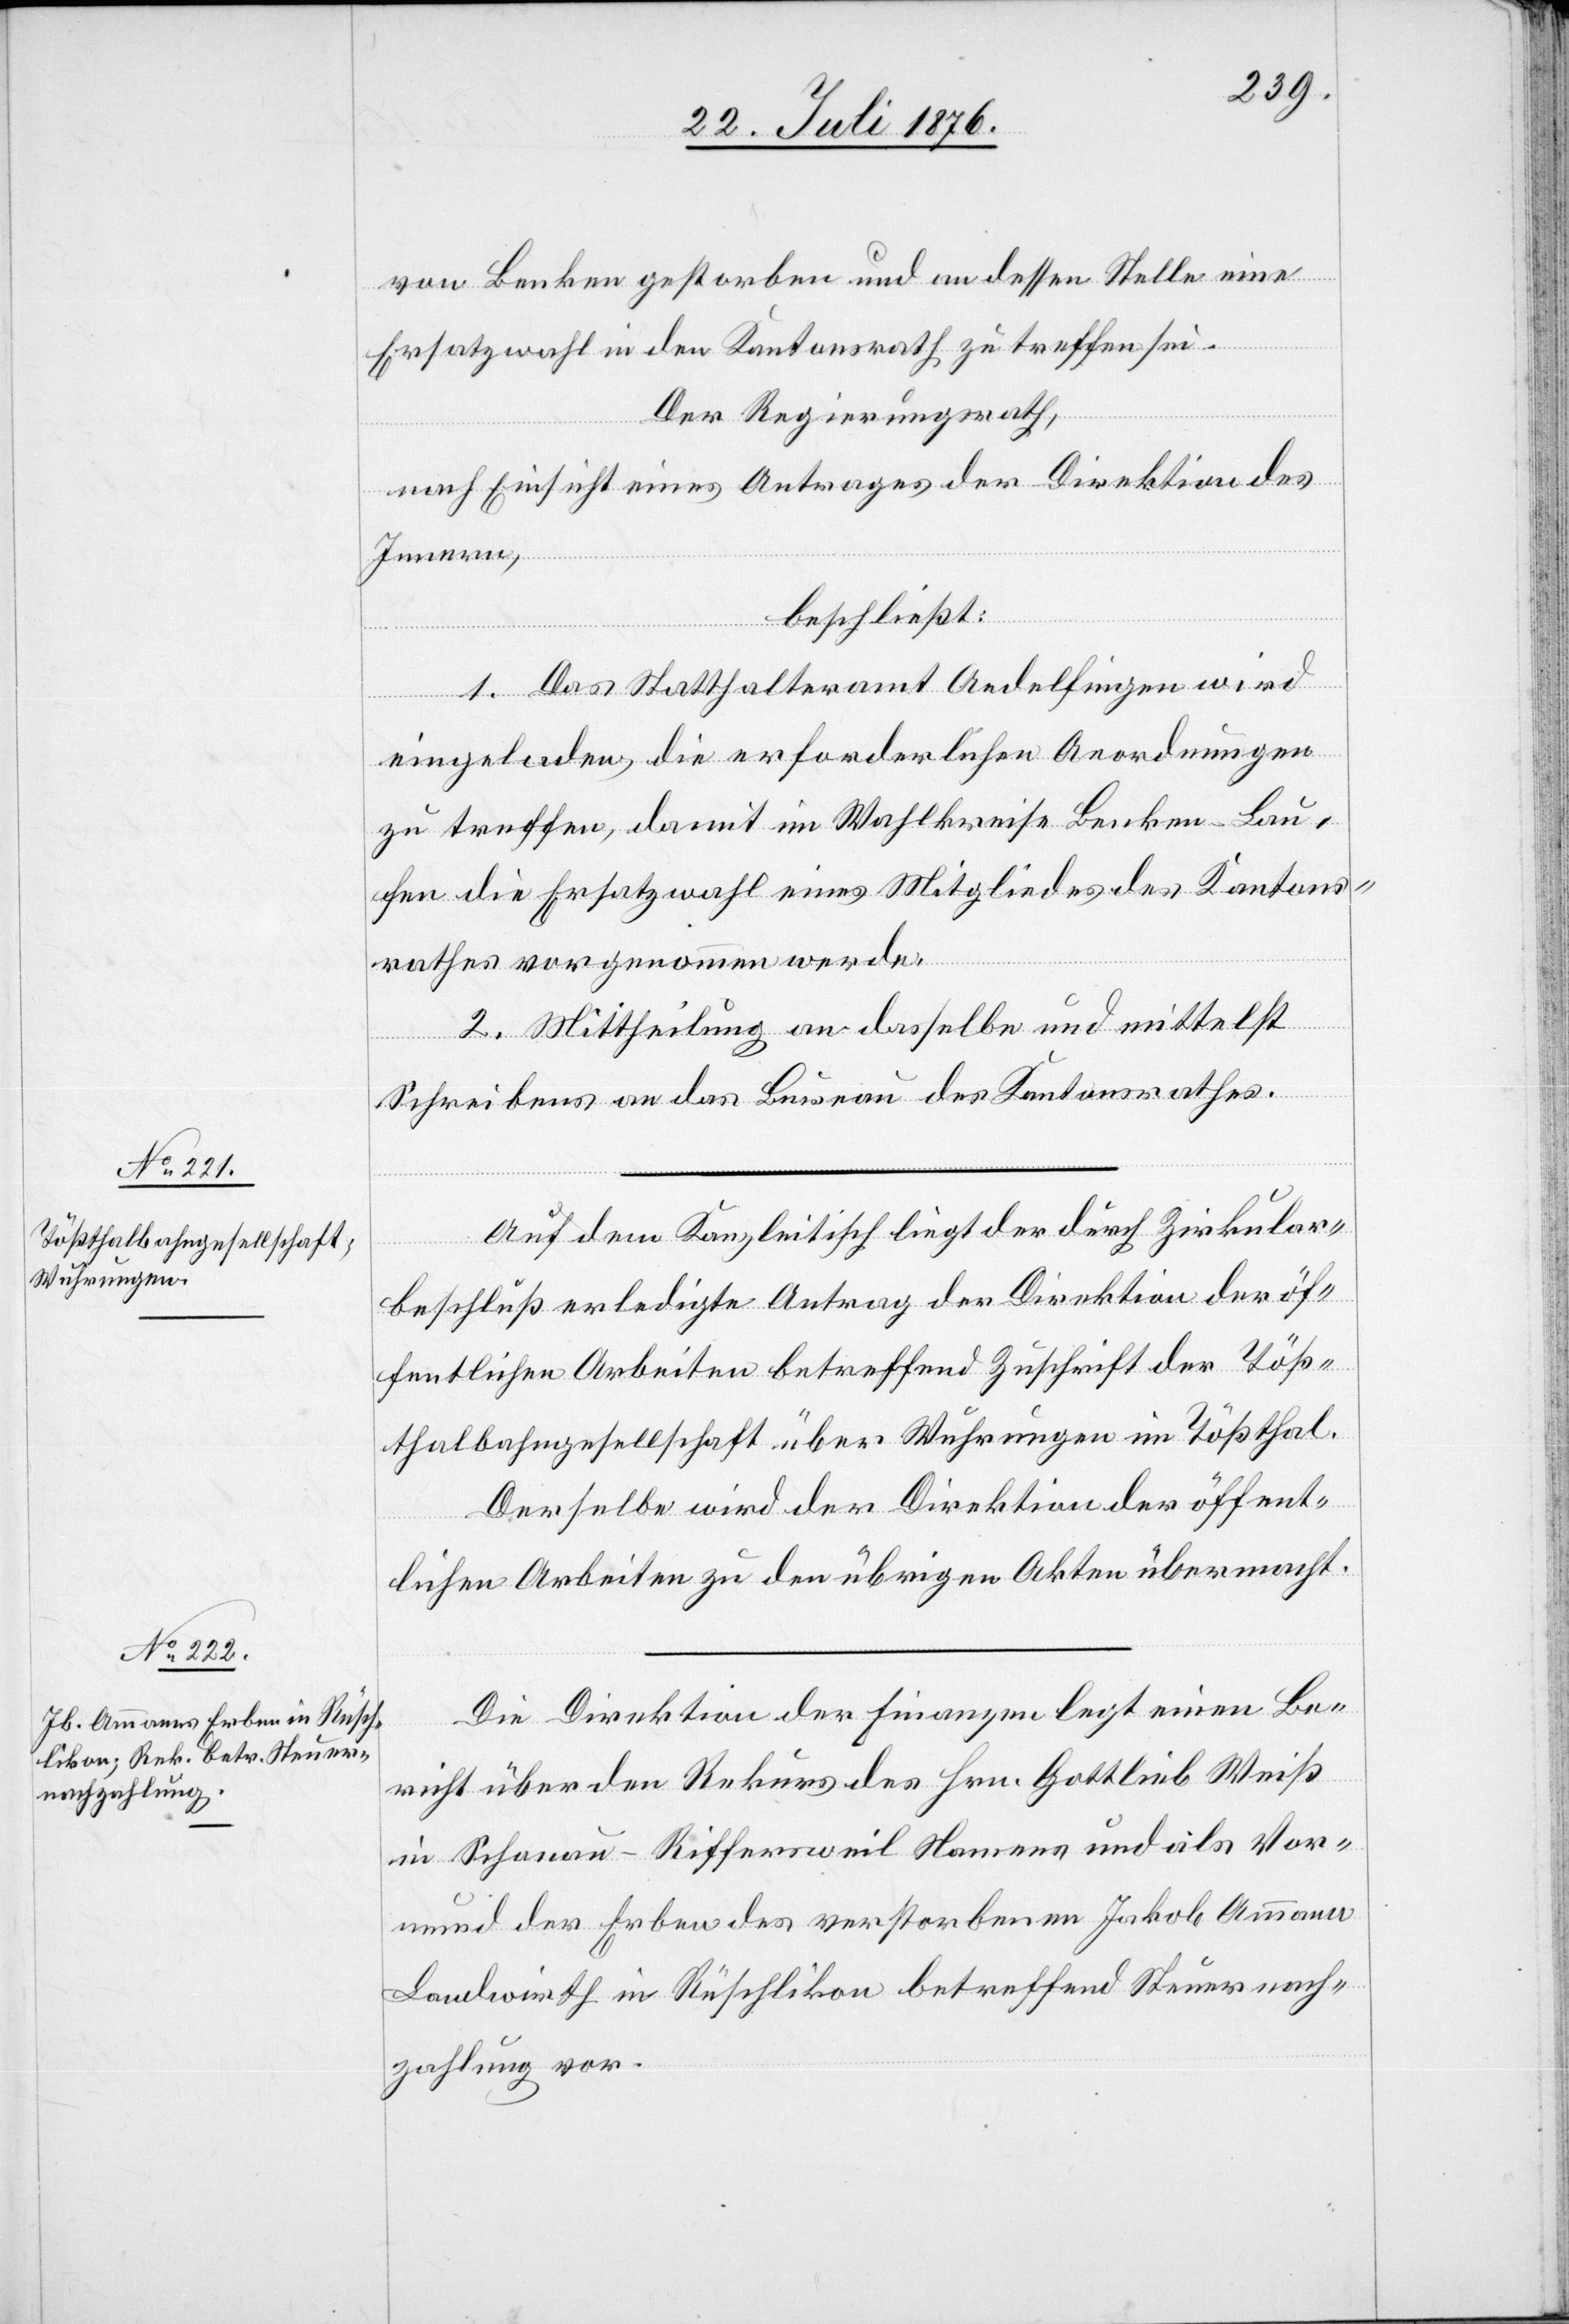
von Benken gestorben und an dessen Stelle eine
Ersatzwahl in den Kantonsrath zu treffen sei.
der Regierungsrath,
nach Einsicht eines Antrages der Direktion des
Innern,
beschließt:
1. Das Statthalteramt Andelfingen wird
eingeladen, die erforderlichen Anordnungen
zu treffen, damit im Wahlkreise Benken - Lau¬
fen die Ersatzwahl eines Mitgliedes des Kantons¬
rathes vorgenommen werde.
2. Mittheilung an dasselbe und mittelst
Schreibens an das Bureau des Kantonsrathes.
Auf dem Kanzleitisch liegt der durch Zirkular¬
beschluß erledigte Antrag der Direktion der öf¬
fentlichen Arbeiten betreffend Zuschrift der Töß¬
thalbahngesellschaft über Wuhrungen im Tößthal.
Derselbe wird der Direktion der öffent¬
lichen Arbeiten zu den übrigen Akten übermacht.
Die Direktion der Finanzen legt einen Be¬
richt über den Rekurs des Hrn. Gottlieb Weiß
in Schonau - Riffersweil Namens und als Vor¬
mund des Erben des verstorbenen Jakob Amman
Landwirth in Rüschlikon betreffend Steuernach¬
zahlung vor.